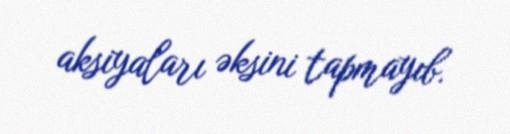
aksiyaları əksini tapmayıb.